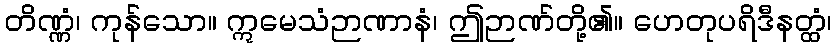
တိဏ္ဏံ၊ ကုန်သော။ ဣမေသံဉာဏာနံ၊ ဤဉာဏ်တို့၏။ ဟေတုပရိဒီနတ္ထံ၊